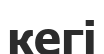
кегі